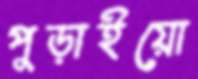
পুড়াইয়ো